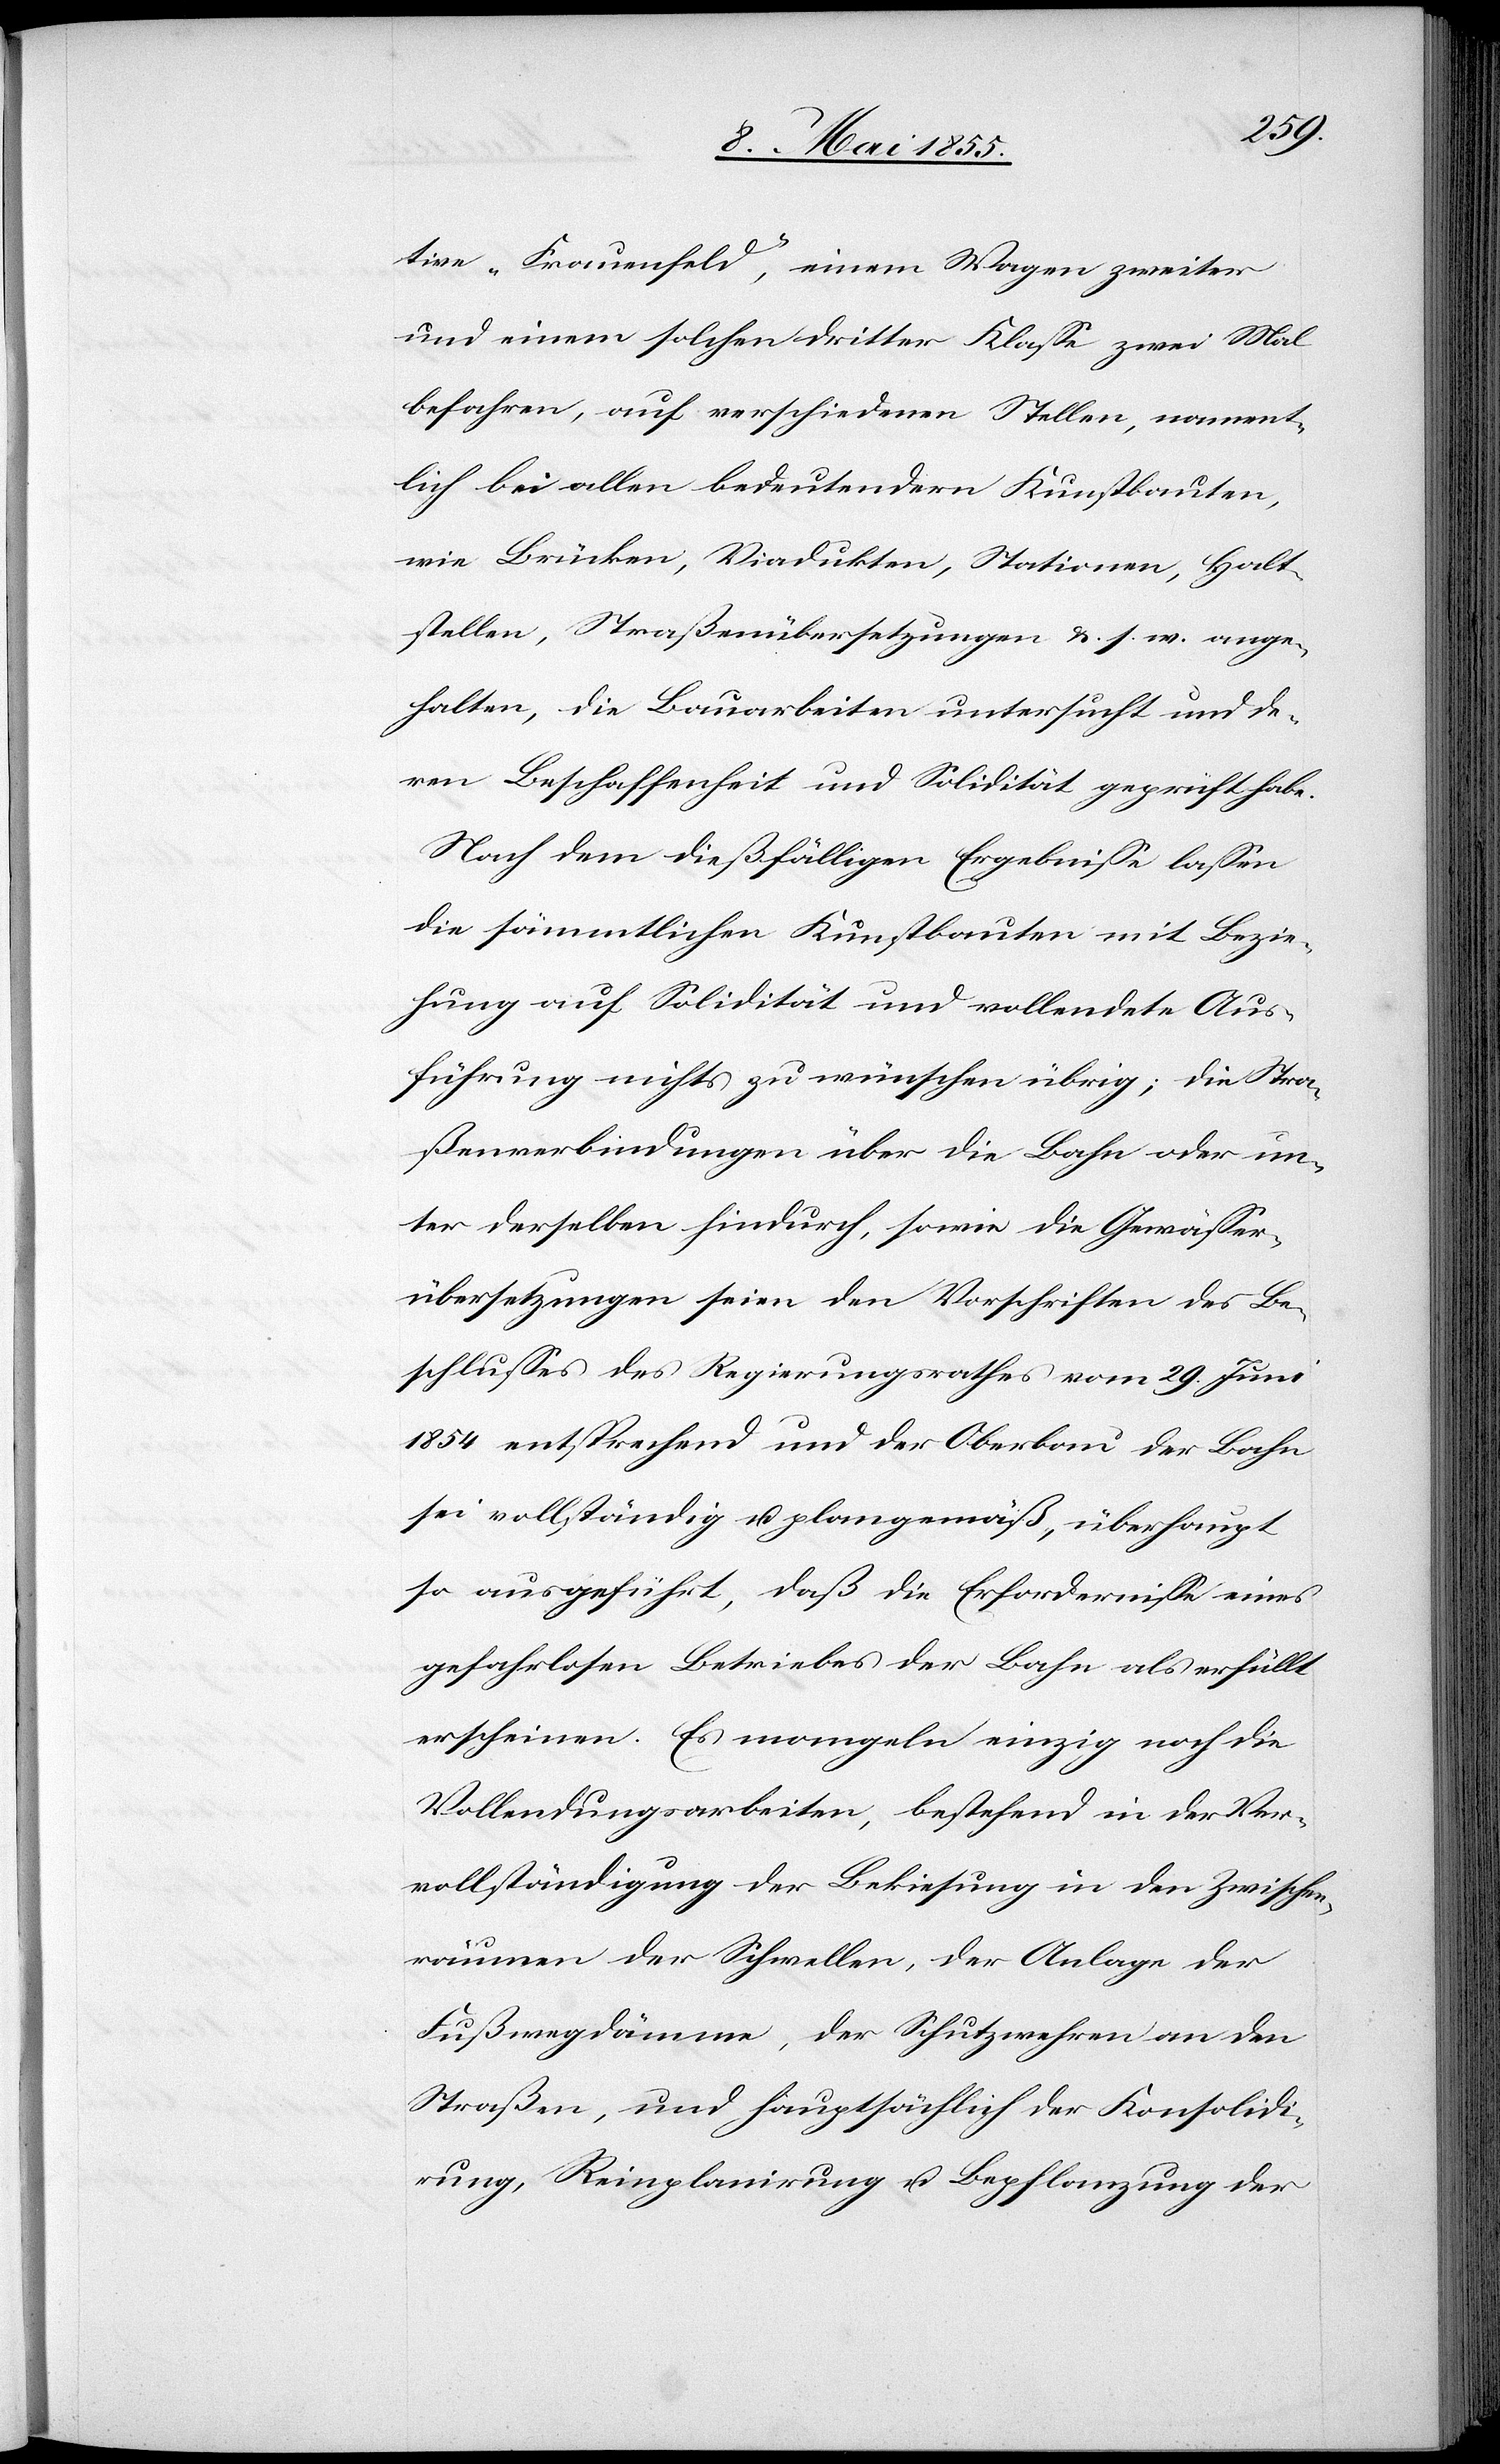
tive „Frauenfeld“, einem Wagen zweiter
und einem solchen dritter Klasse zwei Mal
befahren, auf verschiedenen Stellen, nament¬
lich bei allen bedeutendern Kunstbauten,
wie Brücken, Viadukten, Stationen, Halt¬
stellen, Straßenübersetzungen &. s. w. ange¬
halten, die Bauarbeiten untersucht und de¬
ren Beschaffenheit und Solidität geprüft habe.
Nach dem dießfälligen Ergebnisse lassen
die sämmtlichen Kunstbauten mit Bezie¬
hung auf Solidität und vollendete Aus¬
führung nichts zu wünschen übrig; die Stra¬
ßenverbindungen über die Bahn oder un¬
ter derselben hindurch, sowie die Gewässer¬
übersetzungen seien den Vorschriften des Be¬
schlusses des Regierungsrathes vom 29. Juni
1854 entsprechend und der Oberbau der Bahn
sei vollständig u. plangemäß, überhaupt
so ausgeführt, daß die Erfordernisse eines
gefahrlosen Betriebes der Bahn als erfüllt
erscheinen. Es mangeln einzig noch die
Vollendungsarbeiten, bestehend in der Ver¬
vollständigung der Bekiesung in den Zwischen¬
räumen der Schwellen, der Anlage der
Fußwegdämme, der Schutzwehren an den
Straßen, und hauptsächlich der Konsolidi¬
rung, Reinplanirung u. Bepflanzung der